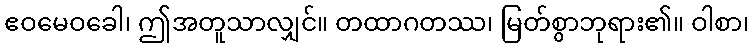
ဧဝမေဝခေါ၊ ဤအတူသာလျှင်။ တထာဂတဿ၊ မြတ်စွာဘုရား၏။ ဝါစာ၊